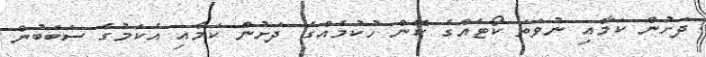
ދަށުން ކަމާއި ނުވަތަ ކޯޓެއްގެ ކޮން ހުކުމެއްގެ ދަށުން ކަމާއި އެކަމުގެ ސަބަބުން